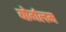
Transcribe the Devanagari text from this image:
बोर्गलम